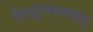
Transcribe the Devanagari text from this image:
शिशुपालवधम्